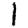
Digit: 1